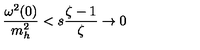
{ \frac { \omega ^ { 2 } ( 0 ) } { m _ { h } ^ { 2 } } } < s { \frac { \zeta - 1 } { \zeta } } \to 0